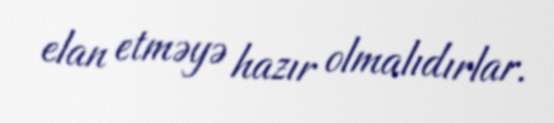
elan etməyə hazır olmalıdırlar.